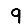
Digit: 9